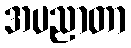
အပညာတာ